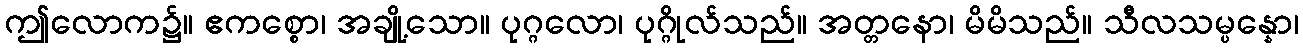
ဤလောက၌။ ဧကစ္စော၊ အချို့သော။ ပုဂ္ဂလော၊ ပုဂ္ဂိုလ်သည်။ အတ္တနော၊ မိမိသည်။ သီလသမ္ပန္နော၊